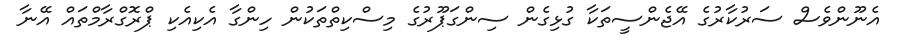
އެނޫންވެސް ސަރުކާރުގެ އޭޖެންސީތަކާ ގުޅިގެން ސިންގަޕޫރުގެ މިސްކިތްތަކުން ހިންގާ އެކިއެކި ޕްރޮގްރާމްތައް އޭނާ